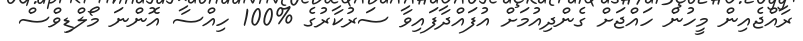
ރާއްޖެއިން މީހުން ހައްޖަށް ގެންދިއުމަށް އުފައްދާފައިވާ ސަރުކާރުގެ %100 ހިއްސާ އޮންނަ މޯލްޑިވްސް